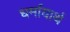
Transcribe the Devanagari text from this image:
धर्मायार्थ